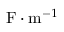
\mathrm { F } \cdot \mathrm { m } ^ { - 1 }